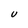
Character: U